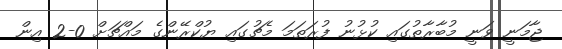
ޖާމަނީ ވަނީ މުބާރާތުގައި ކުޅުނު ފުރަތަމަ މެޗުގައި ޔުކްރޭންގެ މައްޗަށް 0-2 އިން